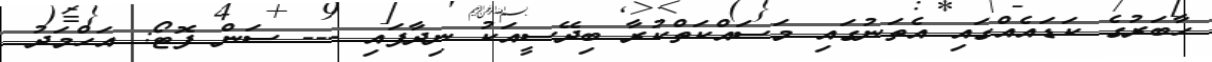
ހާބަރުގެ ކަޑައެއްގައި އެތަނުގައި މަސައްކަތްކުރާ ބިދޭސީއަކު ނިދާފައި --- ސަން ފޮޓޯ: އަހްމަދު